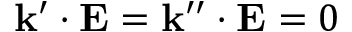
{ \bf { k } } ^ { \prime } \cdot { \bf { E } } = { \bf { k } } ^ { \prime \prime } \cdot { \bf { E } } = 0